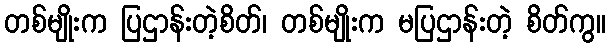
တစ်မျိုးက ပြဌာန်းတဲ့စိတ်၊ တစ်မျိုးက မပြဌာန်းတဲ့ စိတ်ကွ။